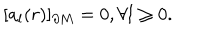
[ a _ { l } ( r ) ] _ { \partial M } = 0 , \forall l \geq 0 .